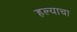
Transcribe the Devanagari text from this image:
हल्याचा